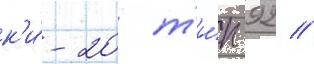
к'и́-20 т'и́п 92 //